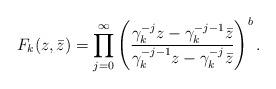
LaTeX: \begin{align*}F_k(z,\bar z)=\prod_{j=0}^\infty\left({\gamma_k^{-j}z-\gamma_k^{-j-1} \bar z\over\gamma_k^{-j-1} z-\gamma_k^{-j} \bar z}\right)^b.\end{align*}